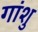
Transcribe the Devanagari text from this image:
गांशु